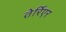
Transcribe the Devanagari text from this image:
तेर्रिएर